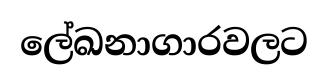
ලේඛනාගාරවලට